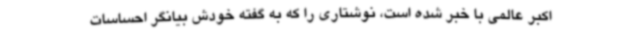
اکبر عالمی با خبر شده است، نوشتاری را که به گفته خودش بیانگر احساسات